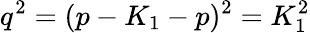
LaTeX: q^{2}=(p-K_{1}-p)^{2}=K_{1}^{2}